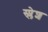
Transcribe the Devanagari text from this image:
स्प्लेश